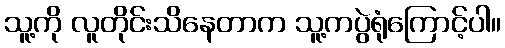
သူ့ကို လူတိုင်းသိနေတာက သူ့ကပွဲရုံကြောင့်ပါ။